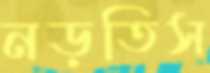
নড়তিস